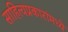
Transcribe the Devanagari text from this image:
साहित्यप्रकारांमध्ये